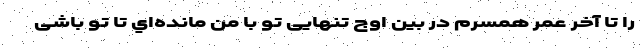
را تا آخر عمر همسرم در بین اوج تنهایی تو با من مانده‌اي تا تو باشی